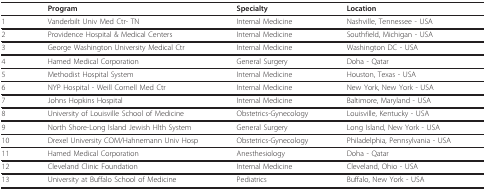
<table><thead><tr><td></td><td><b>Program</b></td><td><b>Specialty</b></td><td><b>Location</b></td></tr></thead><tbody><tr><td>1</td><td>Vanderbilt Univ Med Ctr- TN</td><td>Internal Medicine</td><td>Nashville, Tennessee - USA</td></tr><tr><td>2</td><td>Providence Hospital &amp; Medical Centers</td><td>Internal Medicine</td><td>Southfield, Michigan - USA</td></tr><tr><td>3</td><td>George Washington University Medical Ctr</td><td>Internal Medicine</td><td>Washington DC - USA</td></tr><tr><td>4</td><td>Hamed Medical Corporation</td><td>General Surgery</td><td>Doha - Qatar</td></tr><tr><td>5</td><td>Methodist Hospital System</td><td>Internal Medicine</td><td>Houston, Texas - USA</td></tr><tr><td>6</td><td>NYP Hospital - Weill Cornell Med Ctr</td><td>Internal Medicine</td><td>New York, New York - USA</td></tr><tr><td>7</td><td>Johns Hopkins Hospital</td><td>Internal Medicine</td><td>Baltimore, Maryland - USA</td></tr><tr><td>8</td><td>University of Louisville School of Medicine</td><td>Obstetrics-Gynecology</td><td>Louisville, Kentucky - USA</td></tr><tr><td>9</td><td>North Shore-Long Island Jewish Hlth System</td><td>General Surgery</td><td>Long Island, New York - USA</td></tr><tr><td>10</td><td>Drexel University COM/Hahnemann Univ Hosp</td><td>Obstetrics-Gynecology</td><td>Philadelphia, Pennsylvania - USA</td></tr><tr><td>11</td><td>Hamed Medical Corporation</td><td>Anesthesiology</td><td>Doha - Qatar</td></tr><tr><td>12</td><td>Cleveland Clinic Foundation</td><td>Internal Medicine</td><td>Cleveland, Ohio - USA</td></tr><tr><td>13</td><td>University at Buffalo School of Medicine</td><td>Pediatrics</td><td>Buffalo, New York - USA</td></tr></tbody></table>